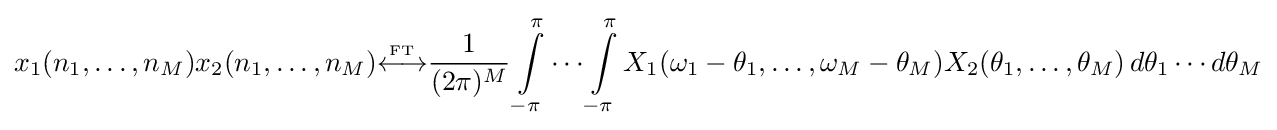
x_{1}(n_{1},\ldots ,n_{M})x_{2}(n_{1},\ldots ,n_{M}){\overset {\underset {\mathrm {FT} }{}}{\longleftrightarrow }}{\frac {1}{(2\pi )^{M}}}\int \limits _{-\pi }^{\pi }\cdots \int \limits _{-\pi }^{\pi }X_{1}(\omega _{1}-\theta _{1},\ldots ,\omega _{M}-\theta _{M})X_{2}(\theta _{1},\ldots ,\theta _{M})\,d\theta _{1}\cdots d\theta _{M}